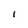
Character: I